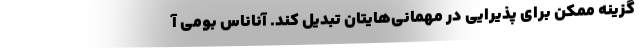
گزینه ممکن برای پذیرایی در مهمانی‌هایتان تبدیل کند. آناناس بومی آ